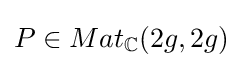
P\in Mat_{\mathbb {C} }(2g,2g)